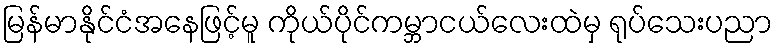
မြန်မာနိုင်ငံအနေဖြင့်မူ ကိုယ်ပိုင်ကမ္ဘာငယ်လေးထဲမှ ရုပ်သေးပညာ